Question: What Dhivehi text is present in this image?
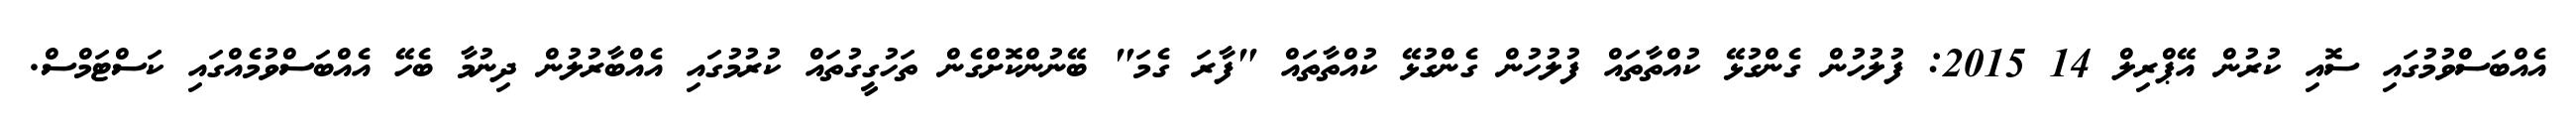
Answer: އެއްބަސްވުމުގައި ސޮއި ކުރުން އޭޕްރިލް 14 2015: ފުލުހުން ގެންގުޅޭ ކުއްތާތައް ފުލުހުން ގެންގުޅޭ ކުއްތާތައް "ފާރަ ގެމަ" ބޭނުންކޮށްގެން ތަހުގީގުތައް ކުރުމުގައި އެއްބާރުލުން ދިނުމާ ބެހޭ އެއްބަސްވުމެއްގައި ކަސްޓަމްސް.